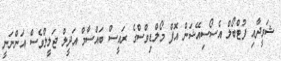
ޝަވީދާއި ފުޓްބޯލް އެސޯސިއޭޝަން އޮފް މޯލްޑިވްސްގެ ރައީސް ބައްސާމް އަދީލް ޖަލީލްވެސް އަންނަނީ